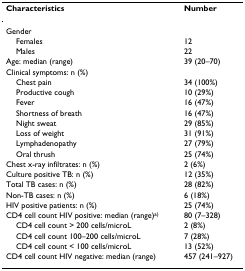
<table><thead><tr><td><b>Characteristics</b></td><td><b>Number</b></td></tr></thead><tbody><tr><td>Gender</td><td></td></tr><tr><td> Females</td><td>12</td></tr><tr><td> Males</td><td>22</td></tr><tr><td>Age: median (range)</td><td>39 (20–70)</td></tr><tr><td>Clinical symptoms: n (%)</td><td></td></tr><tr><td> Chest pain</td><td>34 (100%)</td></tr><tr><td> Productive cough</td><td>10 (29%)</td></tr><tr><td> Fever</td><td>16 (47%)</td></tr><tr><td> Shortness of breath</td><td>16 (47%)</td></tr><tr><td> Night sweat</td><td>29 (85%)</td></tr><tr><td> Loss of weight</td><td>31 (91%)</td></tr><tr><td> Lymphadenopathy</td><td>27 (79%)</td></tr><tr><td> Oral thrush</td><td>25 (74%)</td></tr><tr><td>Chest x-ray infiltrates: n (%)</td><td>2 (6%)</td></tr><tr><td>Culture positive TB: n (%)</td><td>12 (35%)</td></tr><tr><td>Total TB cases: n (%)</td><td>28 (82%)</td></tr><tr><td>Non-TB cases: n (%)</td><td>6 (18%)</td></tr><tr><td>HIV positive patients: n (%)</td><td>25 (74%)</td></tr><tr><td>CD4 cell count HIV positive: median (range)<sup>a)</sup></td><td>80 (7–328)</td></tr><tr><td> CD4 cell count &gt; 200 cells/microL</td><td>2 (8%)</td></tr><tr><td> CD4 cell count 100–200 cells/microL</td><td>7 (28%)</td></tr><tr><td> CD4 cell count &lt; 100 cells/microL</td><td>13 (52%)</td></tr><tr><td>CD4 cell count HIV negative: median (range)</td><td>457 (241–927)</td></tr></tbody></table>